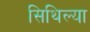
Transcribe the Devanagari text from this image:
सिथिल्या